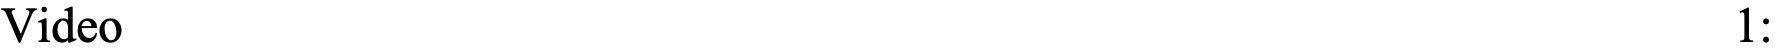
Video                                                    1: